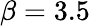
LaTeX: \beta=3.5